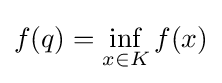
f(q)=\inf _{x\in K}f(x)